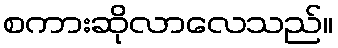
စကားဆိုလာလေသည်။